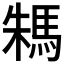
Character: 𩢻